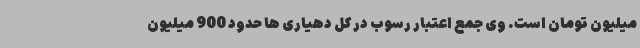
میلیون تومان است. وی جمع اعتبار رسوب در کل دهیاری ها حدود 900 میلیون